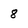
Character: 8